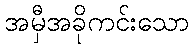
အမှီအခိုကင်းသော